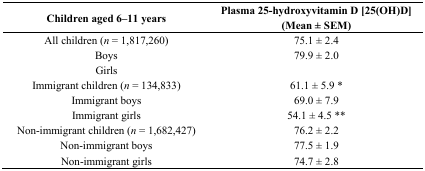
<table><thead><tr><td><b>Children aged 6–11 years</b></td><td><b>Plasma 25-hydroxyvitamin D [25(OH)D] (Mean ± SEM)</b></td></tr></thead><tbody><tr><td>All children (<i>n</i> = 1,817,260)</td><td>75.1 ± 2.4</td></tr><tr><td>Boys</td><td>79.9 ± 2.0</td></tr><tr><td>Girls</td><td>[EMPTY_CELL]</td></tr><tr><td>Immigrant children (<i>n</i> = 134,833)</td><td>61.1 ± 5.9 *</td></tr><tr><td>Immigrant boys</td><td>69.0 ± 7.9</td></tr><tr><td>Immigrant girls</td><td>54.1 ± 4.5 **</td></tr><tr><td>Non-immigrant children (<i>n</i> = 1,682,427)</td><td>76.2 ± 2.2</td></tr><tr><td>Non-immigrant boys</td><td>77.5 ± 1.9</td></tr><tr><td>Non-immigrant girls</td><td>74.7 ± 2.8</td></tr></tbody></table>